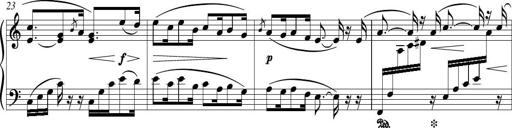
Title: Piano Sonatina in G major
Composer: Johan Peter Emilius Hartmann
Key: G major